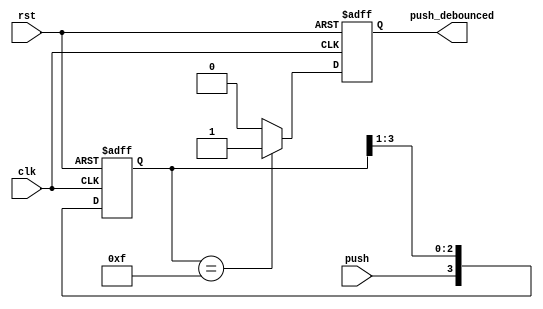
`timescale 1ns / 1ps
//////////////////////////////////////////////////////////////////////////////////
// Company: 
// Engineer: 
// 
// Design Name: 
// Module Name: debounce
// Project Name: 
// Target Devices: 
// Tool Versions: 
// Description: 
// 
// Dependencies: 
// 
// Revision:
// Revision 0.01 - File Created
// Additional Comments:
// 
//////////////////////////////////////////////////////////////////////////////////


module debounce (rst, clk, push, push_debounced);
input rst;
input clk;
input push;
output push_debounced;

// declare the outputs
reg push_debounced;

// declare the shifting registers
reg[3:0] push_window;

always @(posedge clk or posedge rst) 
begin
    if (rst) begin
    push_window <= 4'b0;
    push_debounced <= 1'b0;
    end 

    else begin
    push_window<={push, push_window[3:1]};
    
    if (push_window[3:0] == 4'b1111) begin
    push_debounced <= 1'b1; 
    end 

    else begin
    push_debounced <= 1'b0; 
    end 

end
end 
endmodule